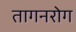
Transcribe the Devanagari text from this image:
तागनरोग